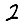
Digit: 2